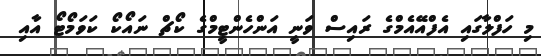
މި ހަފްލާގައި އެފްއޭއެމްގެ ރައިސް ވަނީ އަންހެންޓީމްގެ ކޯޗް ނައޯކޯ ކަވަމޯޓޯ އާއި